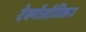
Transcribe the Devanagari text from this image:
टेक्नॉलोजिकल